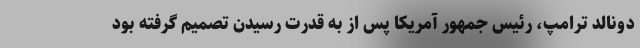
دونالد ترامپ، رئیس جمهور آمریكا پس از به قدرت رسیدن تصمیم گرفته بود